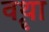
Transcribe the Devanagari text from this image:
वॄथा